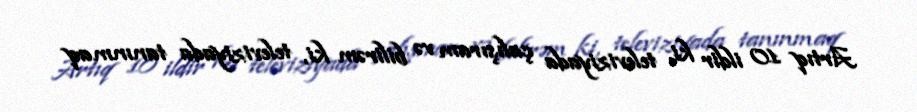
Artıq 10 ildir ki, televiziyada çalışıram və bilirəm ki, televiziyada tanınmaq